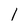
Character: 1